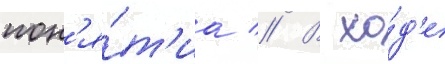
пон'я́т'иа // В хо́д'е